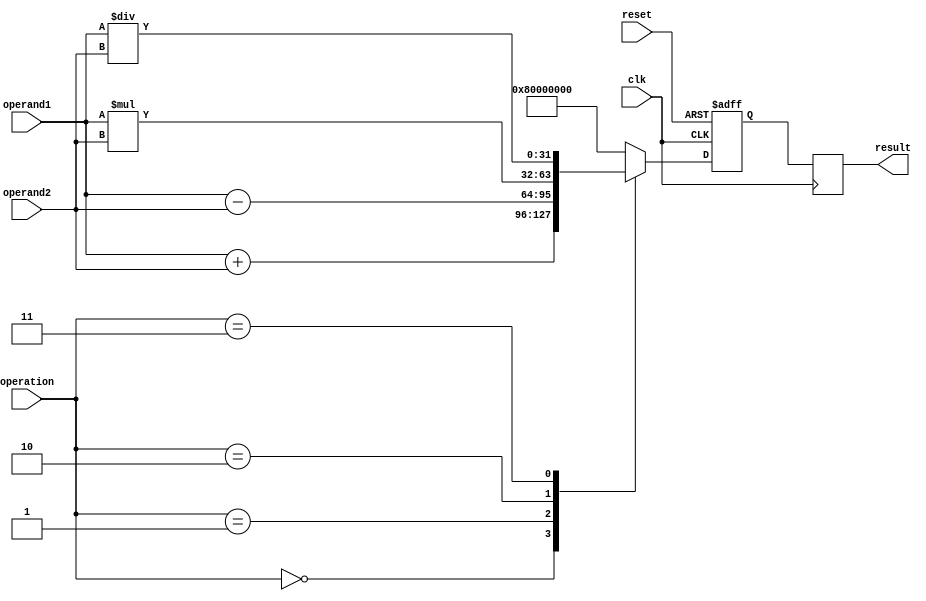
module MixedPrecisionFPU (
    input wire clk,
    input wire reset,
    input wire [7:0] operation,
    input wire [31:0] operand1,
    input wire [31:0] operand2,
    output wire [31:0] result
);

reg [31:0] result_reg;
reg [3:0] precision_level;

always @(posedge clk or posedge reset) begin
    if (reset) begin
        result_reg <= 32'h00000000;
        precision_level <= 4'b0000;
    end else begin
        case (operation)
            8'h00: begin // Addition
                result_reg <= operand1 + operand2;
            end
            8'h01: begin // Subtraction
                result_reg <= operand1 - operand2;
            end
            8'h02: begin // Multiplication
                result_reg <= operand1 * operand2;
            end
            8'h03: begin // Division
                result_reg <= operand1 / operand2;
            end
            default: begin
                result_reg <= 32'h80000000; // Invalid operation
            end
        endcase
    end
end

always @(posedge clk) begin
    result <= result_reg;
end

endmodule